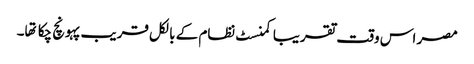
مصر اس وقت تقریبا کمنسٹ نظام کے بالکل قریب پہونچ چکا تها۔